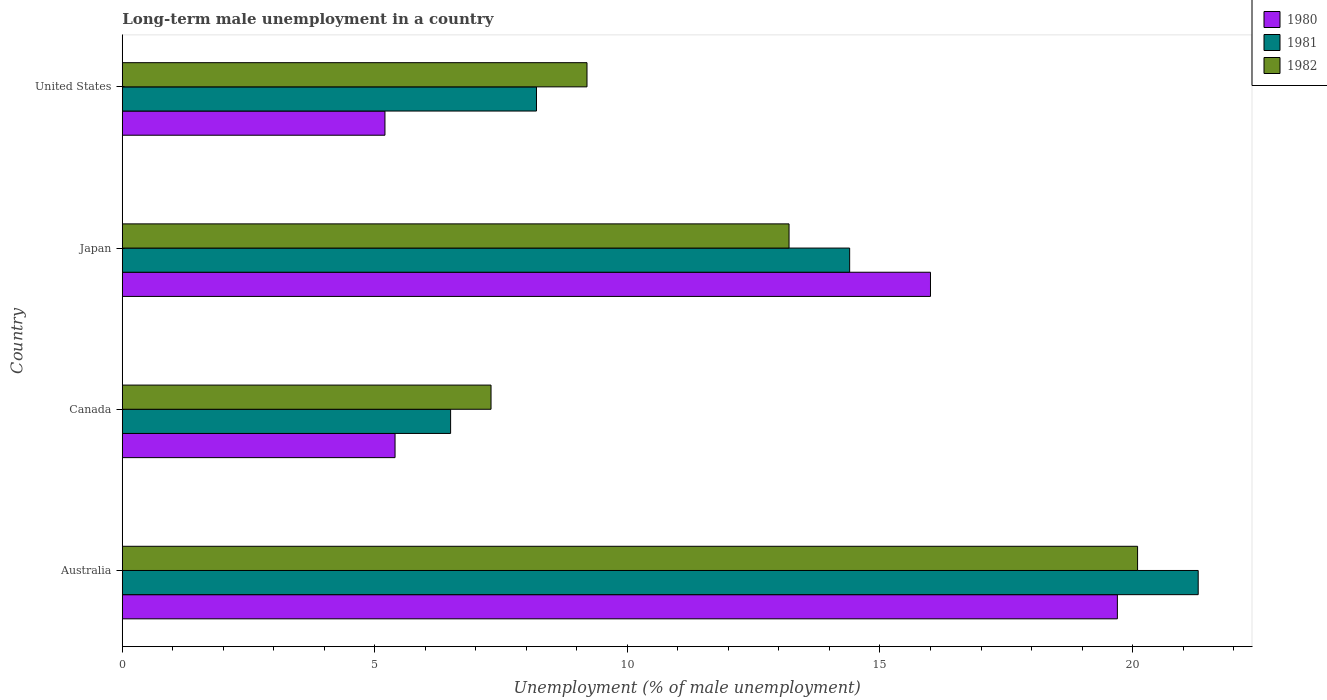
| Country | 1980 | 1981 | 1982 |
 | --- | --- | --- | --- |
 | Australia | 19.7 | 21.3 | 20.1 |
 | Canada | 5.4 | 6.5 | 7.3 |
 | Japan | 16 | 14.4 | 13.2 |
 | United States | 5.2 | 8.2 | 9.2 |